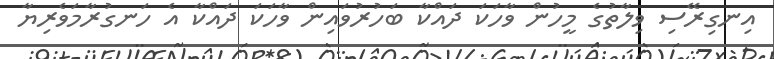
އިނގިރޭސި ވިލާތުގެ މީހުން ވާހަކަ ދައްކާ ބަހުރުވައިން ވާހަކަ ދައްކާ އެ ހަނގުރާމަވެރިޔާ